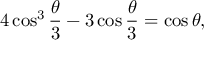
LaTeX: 4 \cos ^ { 3 } { \frac { \theta } { 3 } } - 3 \cos { \frac { \theta } { 3 } } = \cos \theta ,